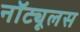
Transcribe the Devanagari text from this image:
नॉट्यूलस